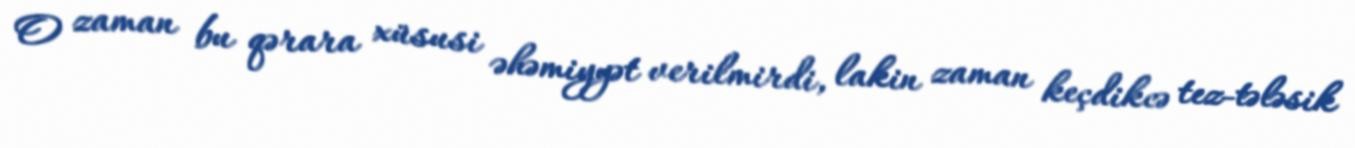
O zaman bu qərara xüsusi əhəmiyyət verilmirdi, lakin zaman keçdikcə tez-tələsik